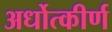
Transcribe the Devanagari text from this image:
अर्धोत्कीर्ण